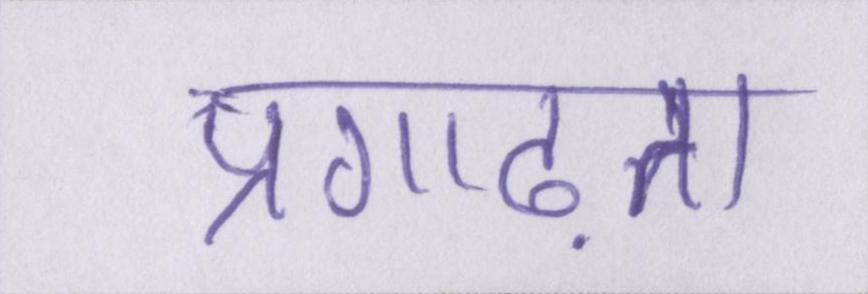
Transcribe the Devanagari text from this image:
प्रगाढ़ता